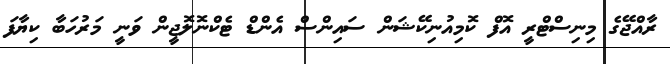
ރާއްޖޭގެ މިނިސްޓްރީ އޮފް ކޮމިއުނިކޭޝަން ސައިންސް އެންޑް ޓެކްނޮލޮޖީން ވަނީ މަރުހަބާ ކިޔާފަ